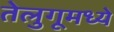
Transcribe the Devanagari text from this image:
तेलुगूमध्ये